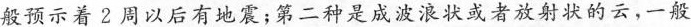
般预示着2周以后有地震；第二种是成波浪状或者放射状的云，一般